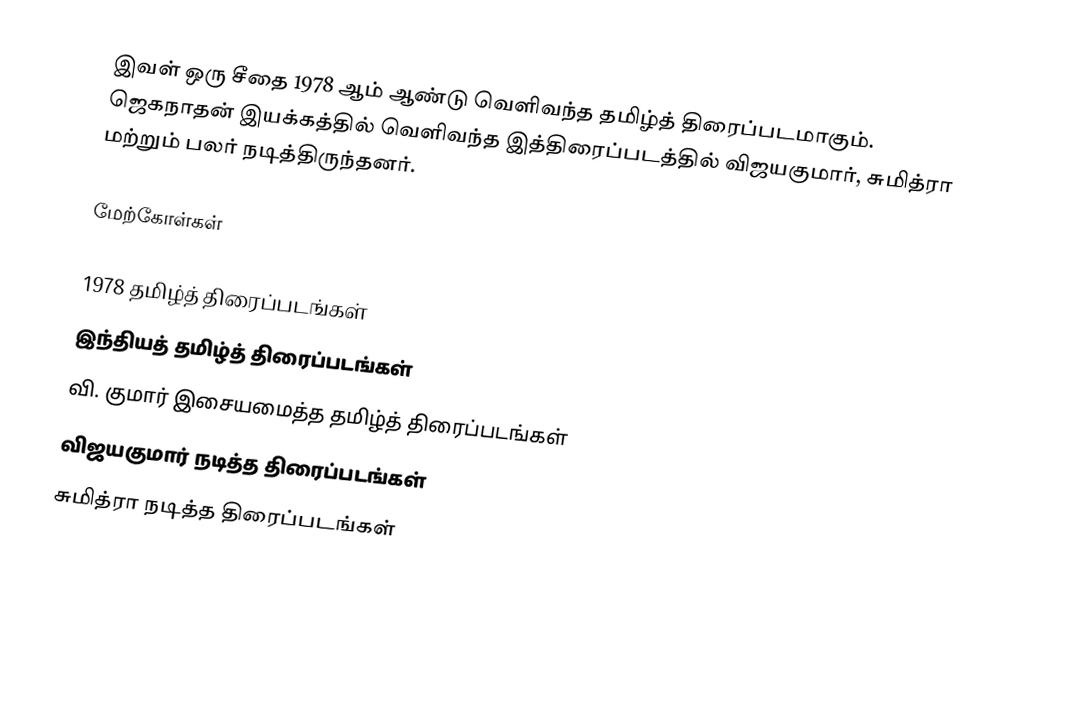
இவள் ஒரு சீதை 1978 ஆம் ஆண்டு வெளிவந்த தமிழ்த் திரைப்படமாகும். ஜெகநாதன் இயக்கத்தில் வெளிவந்த இத்திரைப்படத்தில் விஜயகுமார், சுமித்ரா மற்றும் பலர் நடித்திருந்தனர்.

மேற்கோள்கள்

1978 தமிழ்த் திரைப்படங்கள்
இந்தியத் தமிழ்த் திரைப்படங்கள்
வி. குமார் இசையமைத்த தமிழ்த் திரைப்படங்கள்
விஜயகுமார் நடித்த திரைப்படங்கள்
சுமித்ரா நடித்த திரைப்படங்கள்